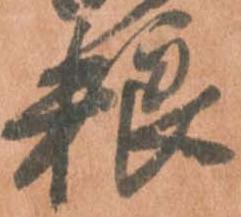
粮